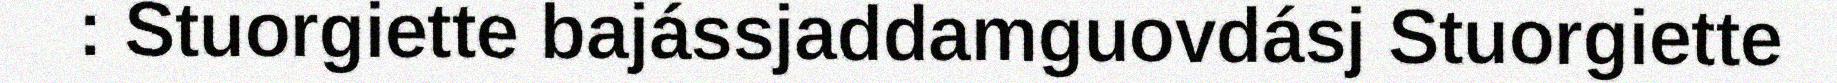
: Stuorgiette bajássjaddamguovdásj Stuorgiette